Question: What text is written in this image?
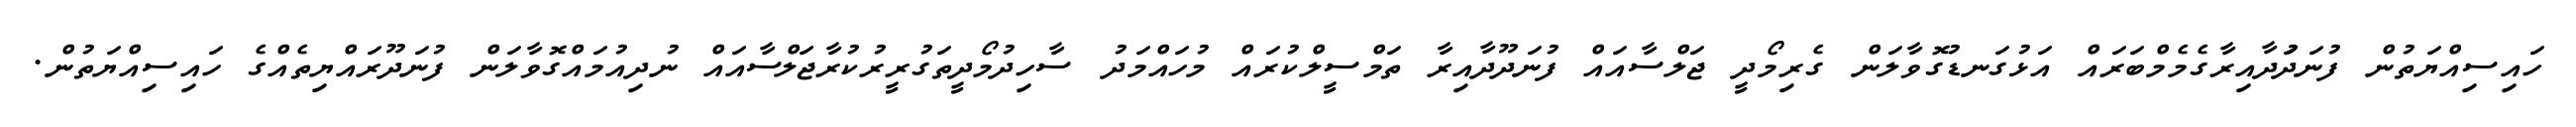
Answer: ހައިސިއްޔަތުން ފުނަދަުދާއިރާގެމެމްބަރައް އަޅުގަނޑުގޮވާލަން ގެރިމޯދީ ޖަލްސާއައް ފުނަދޫދާއިރާ ތަމްސީލްކުރައް މުހައްމަދު ސާހިދުމޯދީތަގުރީރުކުރާޖަލްސާއައް ނުދިއުމައްގޮވާލަން ފުނަދޫރައްޔިތެއްގެ ހައިސިއްޔަތުން.